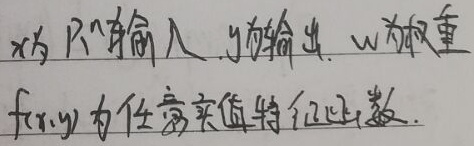
$x$ 为 $\mathbb{R}^n$ 输入，$y$ 为输出，$w$ 为权重，$f(x,y)$ 为任意实值特征函数。